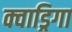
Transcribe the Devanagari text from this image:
क्वाड्रिगा